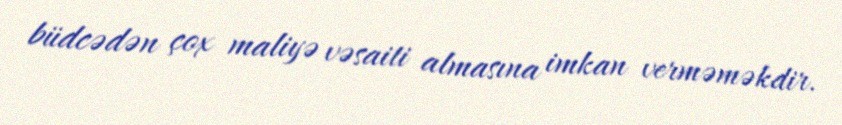
büdcədən çox maliyə vəsaiti almasına imkan verməməkdir.